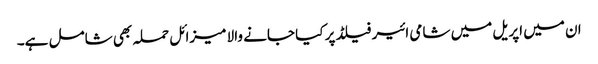
ان میں اپریل میں شامی ائیر فیلڈ پر کیا جانے والا میزائل حملہ بھی شامل ہے۔